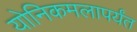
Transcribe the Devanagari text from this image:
योनिकमलापर्यंत